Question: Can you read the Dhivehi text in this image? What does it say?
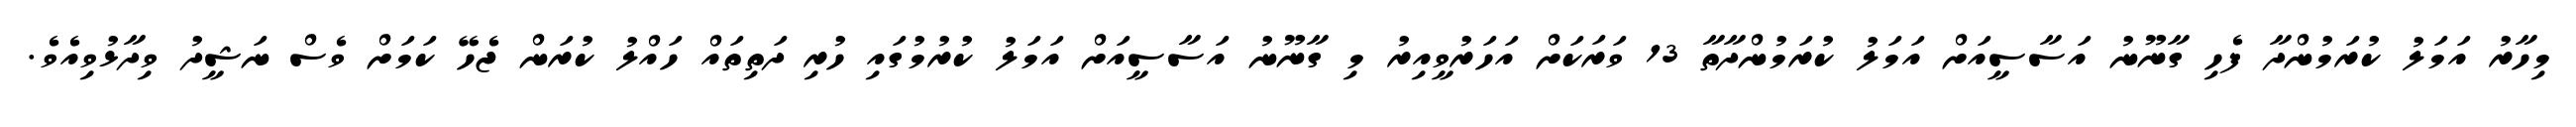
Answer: މިހާރު އަމަލު ކުރަމުންދާ ފެހި ގާނޫނު އަސާސީއަށް އަމަލު ކުރަމުންދާތާ 13 ވަރަކަށް އަހަރުވީއިރު މި ގާނޫނު އަސާސީއަށް އަމަލު ކުރުމުގައި ހުރި ދަތިތައް ހައްލު ކުރަން ޖެހޭ ކަމަށް ވެސް ނަޝީދު ވިދާޅުވިއެވެ.